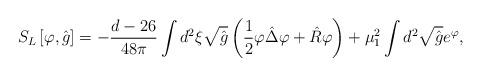
LaTeX: \begin{align*}{S_L}\left[\varphi,\hat{g}\right]=-{{d-26}\over{48\pi}}\int{d^2}\xi\sqrt{\hat{g}}\left({1\over{2}}\varphi\hat{\Delta}\varphi+\hat{R}\varphi\right)+{\mu_1^2}\int{d^2}\sqrt{\hat{g}}{e^{\varphi}},\end{align*}